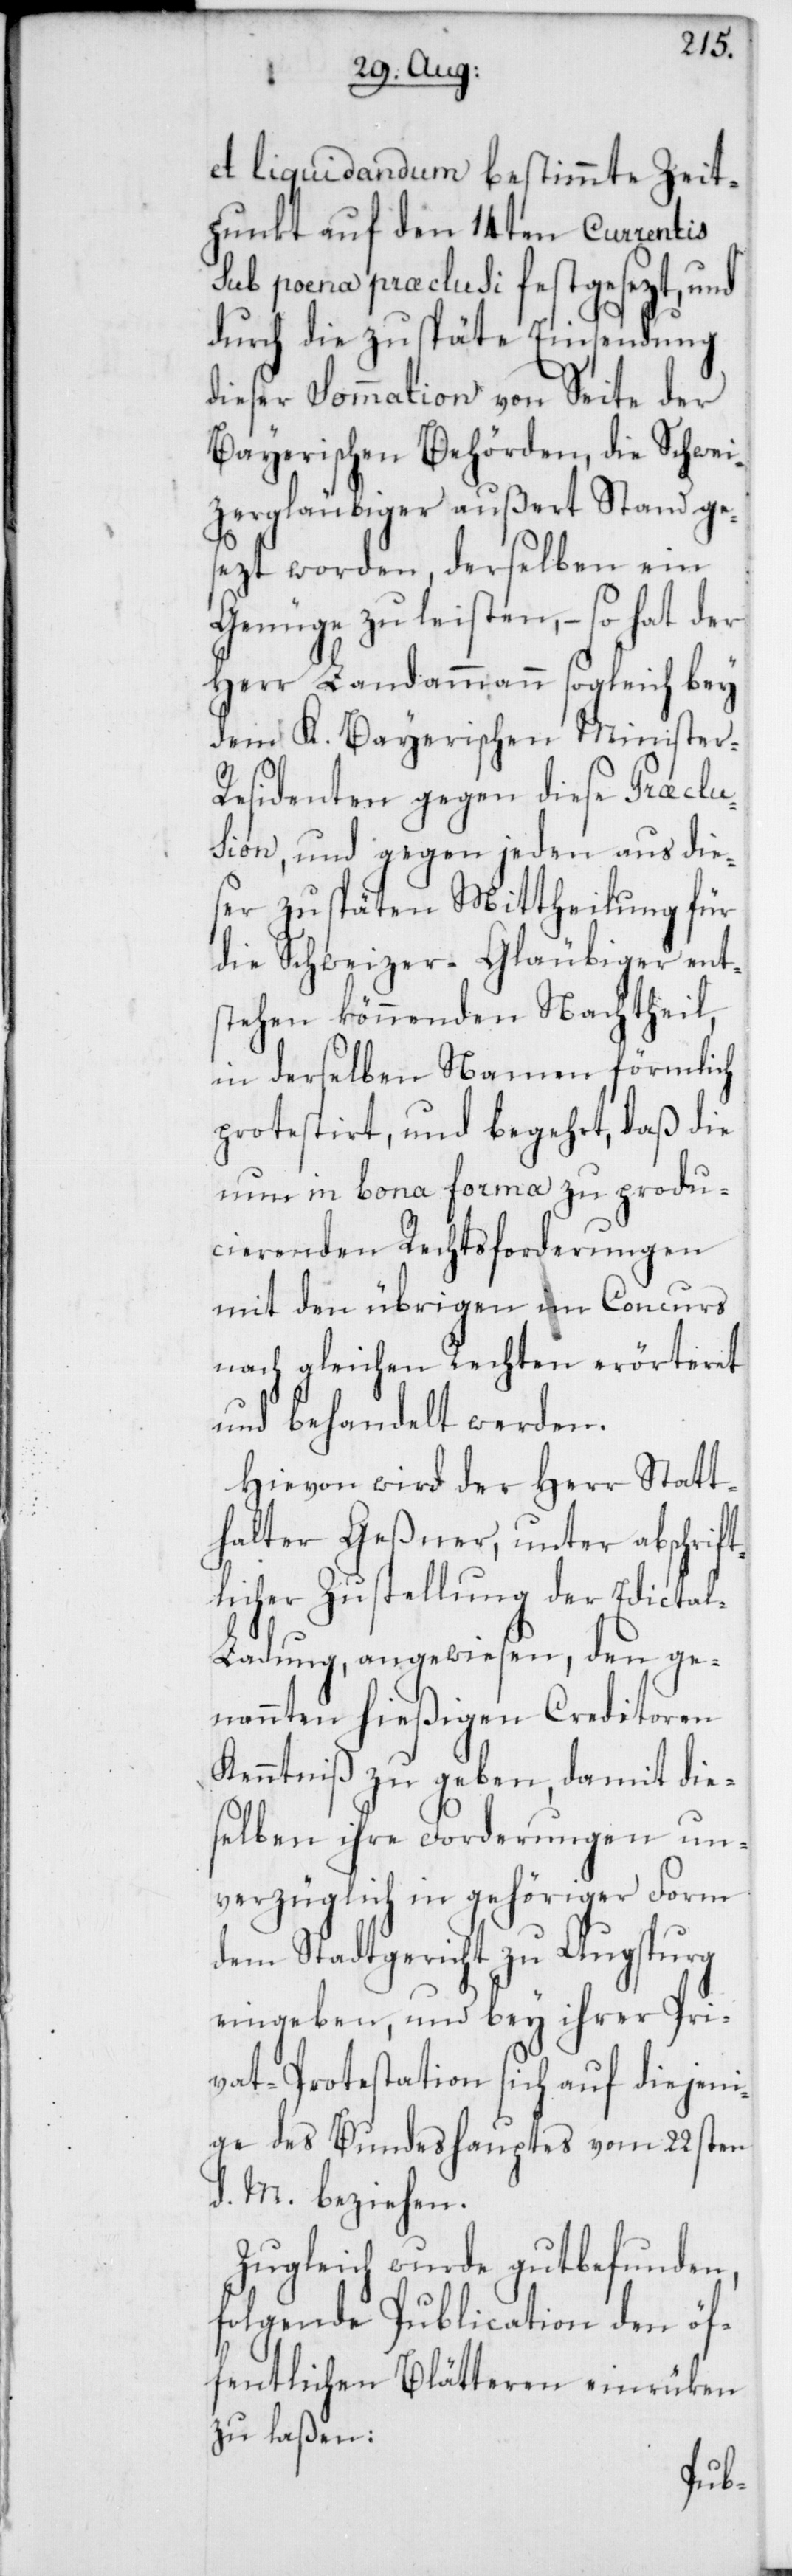
et liquidandum bestimmte Zeit¬
punkt auf den 14ten Currentis
sub poena praeclusi festgesezt, und
durch die zu späte Einsendung
dieser Sommation von Seite der
Bayerischen Behörden, die Schwei¬
zergläubiger außert Stand ge¬
sezt worden, derselben ein
Genüge zu leisten, – so hat der
Herr Landammann sogleich bey
dem K. Bayerischen Minister-R¬
esidenten gegen diese Praeclu¬
sion, und gegen jeden aus die¬
ser zu späten Mittheilung für
die Schweizer-Gläubiger en¬
stehen könnenden Nachtheil,
in derselben Namen förmlich
protestirt, und begehrt, daß die
nun in bona forma zu produ¬
cierenden Rechtsforderungen
mit den übrigen im Concurs
nach gleichen Rechten erörteret
und behandelt werden.
Hievon wird der Herr Statt¬
halter Geßner, unter abschrift¬
licher Zustellung der Edicta¬
l-Ladung, angewiesen, den ge¬
nannten hießigen Creditoren
Kenntniß zu geben, damit die¬
selben ihre Forderungen un¬
verzüglich in gehöriger Form
dem Stadtgericht zu Augsburg
eingeben, und bey ihrer Pri¬
vat-Protestation sich auf diejeni¬
ge des Bundeshauptes vom 22sten
d. M. beziehen.
Zugleich wurde gutbefunden,
folgende Publication den öf¬
fentlichen Blätteren einrüken
zu laßen: